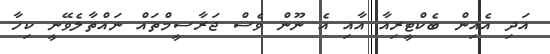
އަދި އެއިން ބެކްޓީރިއާ އާއި އެ ނޫން ވެސް ޖަރާސީމްތައް ނައްތާލެވޭނީ ކިހާ